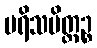
ပရိသမိတ္တဉ္စ